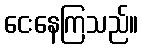
ငေးနေကြသည်။